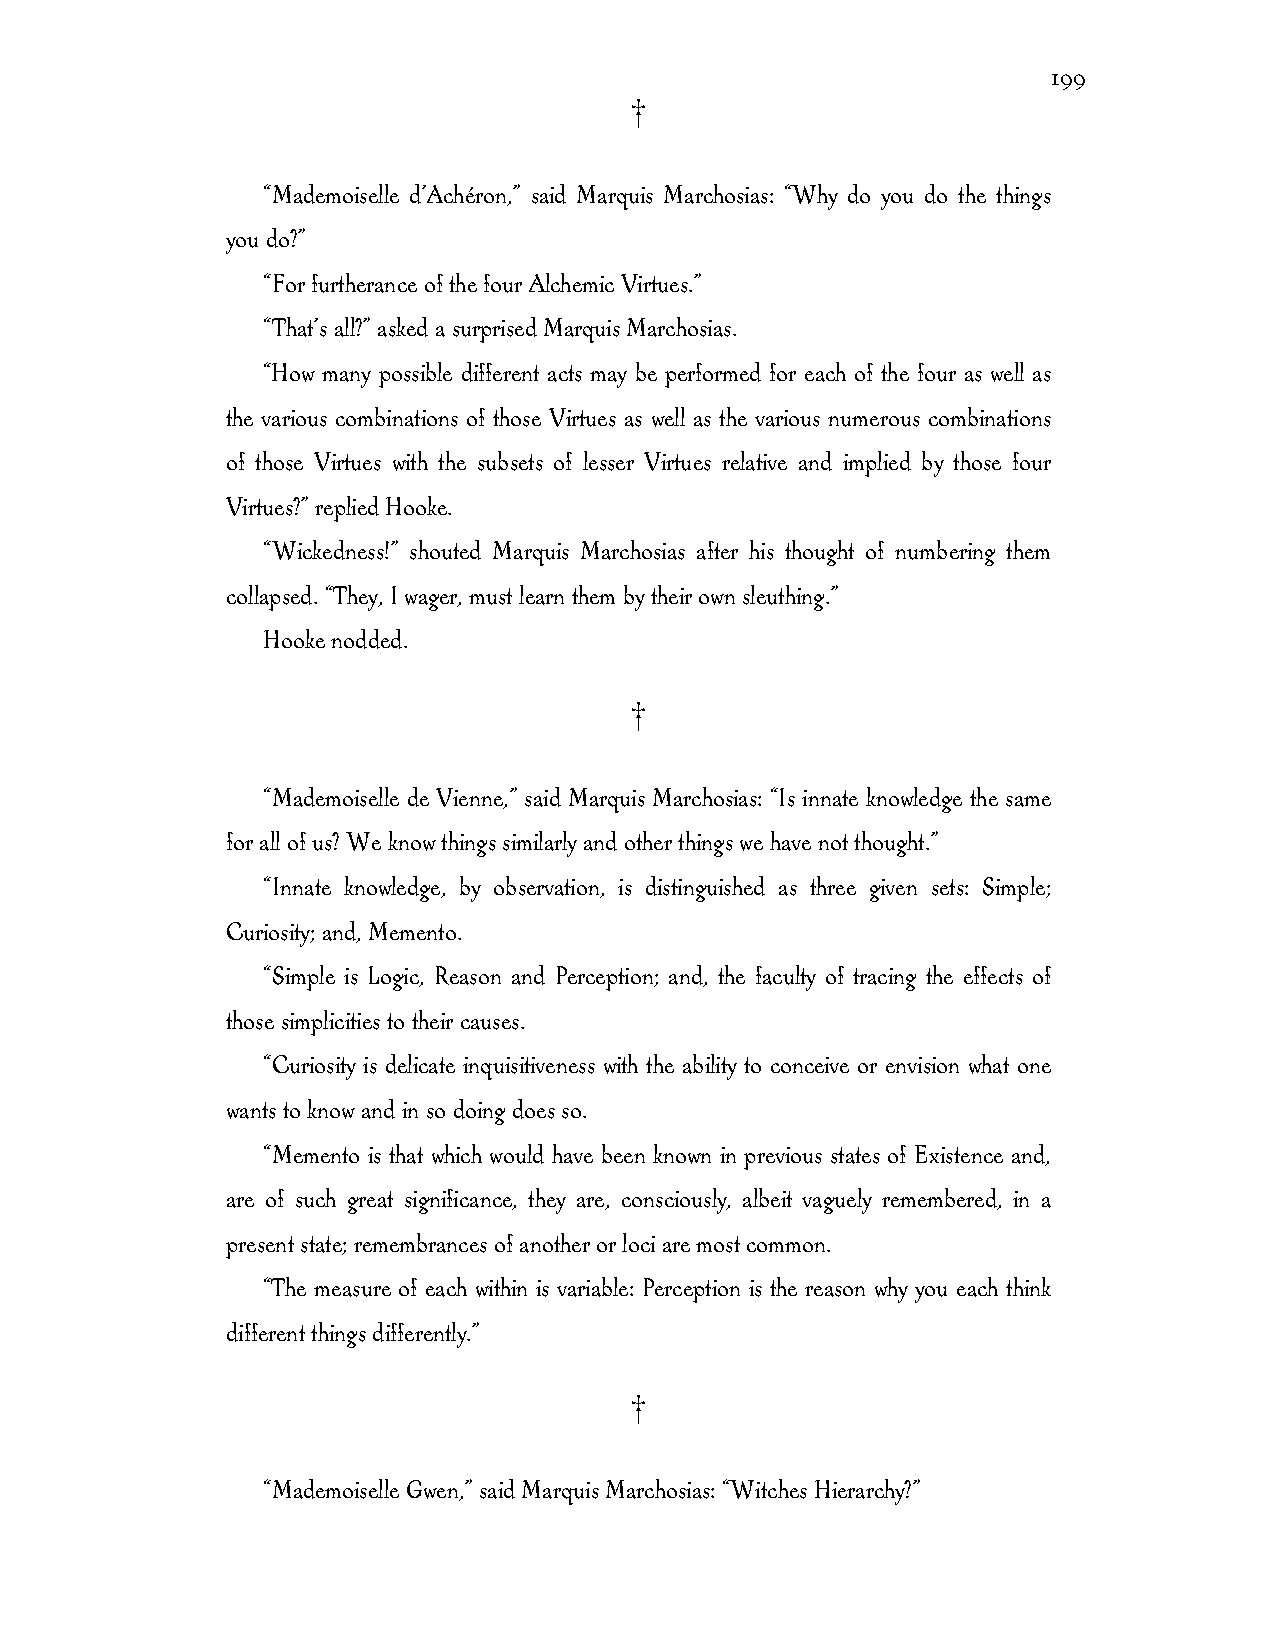
199
 †
 “Mademoiselle d’Achéron,” said Marquis Marchosias: “Why do you do the things
 you do?”
 “For furtherance of the four Alchemic Virtues.”
 “That’s all?” asked a surprised Marquis Marchosias.
 “How many possible different acts may be performed for each of the four as well as
 the various combinations of those Virtues as well as the various numerous combinations
 of those Virtues with the subsets of lesser Virtues relative and implied by those four
 Virtues?” replied Hooke.
 “Wickedness!” shouted Marquis Marchosias after his thought of numbering them
 collapsed. “They, I wager, must learn them by their own sleuthing.”
 Hooke nodded.
 †
 “Mademoiselle de Vienne,” said Marquis Marchosias: “Is innate knowledge the same
 for all of us? We know things similarly and other things we have not thought.”
 “Innate knowledge, by observation, is distinguished as three given sets: Simple;
 Curiosity; and, Memento.
 “Simple is Logic, Reason and Perception; and, the faculty of tracing the effects of
 those simplicities to their causes.
 “Curiosity is delicate inquisitiveness with the ability to conceive or envision what one
 wants to know and in so doing does so.
 “Memento is that which would have been known in previous states of Existence and,
 are of such great significance, they are, consciously, albeit vaguely remembered, in a
 present state; remembrances of another or loci are most common.
 “The measure of each within is variable: Perception is the reason why you each think
 different things differently.”
 †
 “Mademoiselle Gwen,” said Marquis Marchosias: “Witches Hierarchy?”